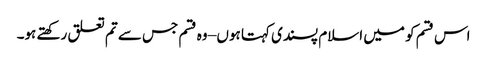
اس قسم کو میں اسلام پسندی کہتا ہوں – وہ قسم جس سے تم تعلق رکھتے ہو۔